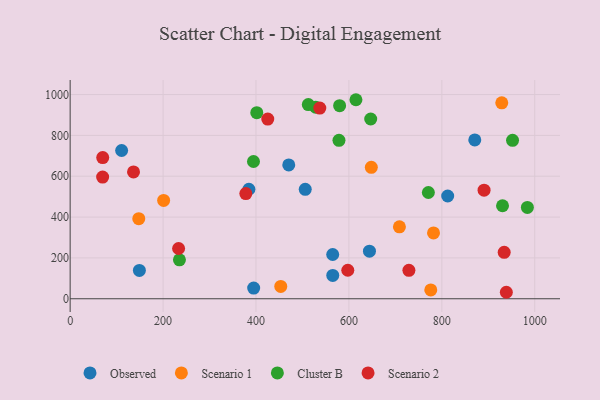
{"axis": {"x": "Price", "y": "Demand"}, "legend": ["Cluster B", "Observed", "Scenario 1", "Scenario 2"], "data": [{"x": "506.0", "y": 536.0, "type": "Observed"}, {"x": "644.2", "y": 233.0, "type": "Observed"}, {"x": "395.0", "y": 52.3, "type": "Observed"}, {"x": "149.0", "y": 138.7, "type": "Observed"}, {"x": "812.6", "y": 503.1, "type": "Observed"}, {"x": "565.2", "y": 114.4, "type": "Observed"}, {"x": "384.7", "y": 536.2, "type": "Observed"}, {"x": "870.9", "y": 777.7, "type": "Observed"}, {"x": "565.1", "y": 216.6, "type": "Observed"}, {"x": "110.8", "y": 726.0, "type": "Observed"}, {"x": "470.5", "y": 655.4, "type": "Observed"}, {"x": "201.2", "y": 481.5, "type": "Scenario 1"}, {"x": "648.2", "y": 643.8, "type": "Scenario 1"}, {"x": "782.1", "y": 322.5, "type": "Scenario 1"}, {"x": "929.0", "y": 959.5, "type": "Scenario 1"}, {"x": "147.7", "y": 392.1, "type": "Scenario 1"}, {"x": "453.3", "y": 60.3, "type": "Scenario 1"}, {"x": "776.2", "y": 43.0, "type": "Scenario 1"}, {"x": "708.7", "y": 352.0, "type": "Scenario 1"}, {"x": "930.6", "y": 455.5, "type": "Cluster B"}, {"x": "646.9", "y": 880.3, "type": "Cluster B"}, {"x": "615.1", "y": 974.7, "type": "Cluster B"}, {"x": "984.1", "y": 447.4, "type": "Cluster B"}, {"x": "771.0", "y": 520.4, "type": "Cluster B"}, {"x": "394.6", "y": 672.1, "type": "Cluster B"}, {"x": "528.6", "y": 937.8, "type": "Cluster B"}, {"x": "578.6", "y": 776.1, "type": "Cluster B"}, {"x": "952.2", "y": 775.7, "type": "Cluster B"}, {"x": "401.7", "y": 911.3, "type": "Cluster B"}, {"x": "512.6", "y": 950.8, "type": "Cluster B"}, {"x": "580.0", "y": 945.4, "type": "Cluster B"}, {"x": "235.2", "y": 190.5, "type": "Cluster B"}, {"x": "136.4", "y": 620.9, "type": "Scenario 2"}, {"x": "70.1", "y": 691.3, "type": "Scenario 2"}, {"x": "597.6", "y": 139.5, "type": "Scenario 2"}, {"x": "69.9", "y": 595.8, "type": "Scenario 2"}, {"x": "934.2", "y": 227.5, "type": "Scenario 2"}, {"x": "729.1", "y": 139.4, "type": "Scenario 2"}, {"x": "938.8", "y": 31.7, "type": "Scenario 2"}, {"x": "425.3", "y": 879.7, "type": "Scenario 2"}, {"x": "233.4", "y": 246.0, "type": "Scenario 2"}, {"x": "537.3", "y": 933.7, "type": "Scenario 2"}, {"x": "378.1", "y": 515.0, "type": "Scenario 2"}, {"x": "890.9", "y": 531.5, "type": "Scenario 2"}]}